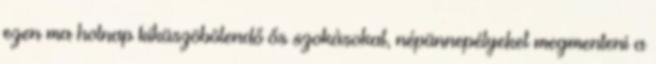
ezen ma holnap kiküszöbölendő ős szokásokat, népünnepélyeket megmenteni a